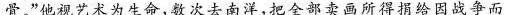
骨。”他视艺术为生命，数次去南洋，把全部卖画所得捐给因战争而